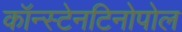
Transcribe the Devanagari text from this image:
कॉन्स्टेनटिनोपोल